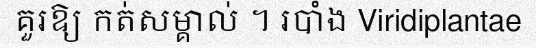
គួរឱ្យ កត់សម្គាល់ ។ របាំង Viridiplantae